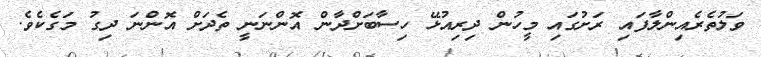
ވަލުތެރެއިންލާފައި ރަށުގައި މީހުން ދިރިއުޅޭ ހިސާބަށްދާން އޮންނަނީ ތެދަށް އޮންނަ ދިގު މަގެކެވެ.